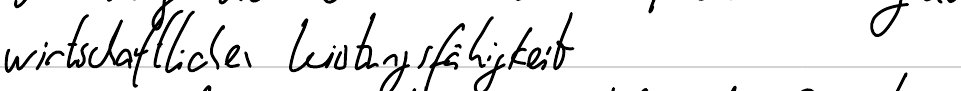
wirtschaftliche Leistungsfähigkeit